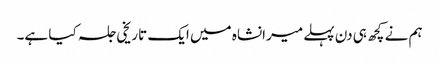
ہم نے کچھ ہی دن پہلے میرانشاہ میں ایک تاریخی جلسہ کیا ہے۔